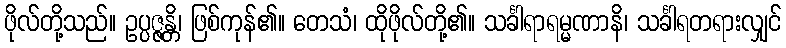
ဖိုလ်တို့သည်။ ဥပ္ပဇ္ဇန္တိ၊ ဖြစ်ကုန်၏။ တေသံ၊ ထိုဖိုလ်တို့၏။ သင်္ခါရာရမ္မဏာနိ၊ သင်္ခါရတရားလျှင်